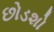
છોડશો